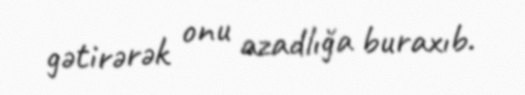
gətirərək onu azadlığa buraxıb.